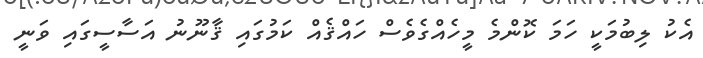
އެކު ލިބުމަކީ ހަމަ ކޮންމެ މީހެއްގެވެސް ހައްޤެއް ކަމުގައި ޤާނޫނު އަސާސީގައި ވަނީ